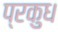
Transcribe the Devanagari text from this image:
प्रकुध